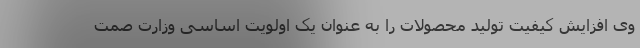
وی افزایش کیفیت تولید محصولات را به عنوان یک اولویت اساسی وزارت صمت